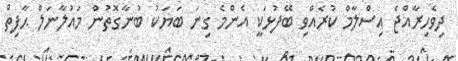
ދިވެހިރާއްޖެ އިސްލާމް ކުރެއްވި ބޭފުޅަކީ އެންމެ ގިނަ ބަޔަކު ބުނާގޮތުން މައުލާނަލް ޙާފިޡް